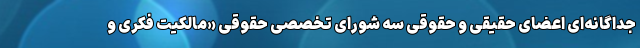
جداگانه‌ای اعضای حقیقی و حقوقی سه شورای تخصصی حقوقی «مالکیت فکری و